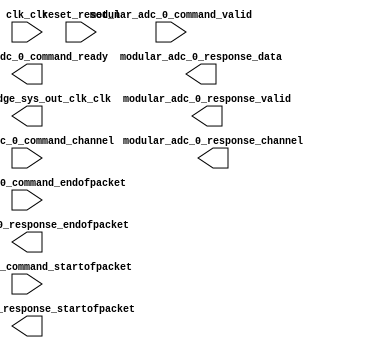

module adc_qsys (
	clk_clk,
	clock_bridge_sys_out_clk_clk,
	modular_adc_0_command_valid,
	modular_adc_0_command_channel,
	modular_adc_0_command_startofpacket,
	modular_adc_0_command_endofpacket,
	modular_adc_0_command_ready,
	modular_adc_0_response_valid,
	modular_adc_0_response_channel,
	modular_adc_0_response_data,
	modular_adc_0_response_startofpacket,
	modular_adc_0_response_endofpacket,
	reset_reset_n);	

	input		clk_clk;
	output		clock_bridge_sys_out_clk_clk;
	input		modular_adc_0_command_valid;
	input	[4:0]	modular_adc_0_command_channel;
	input		modular_adc_0_command_startofpacket;
	input		modular_adc_0_command_endofpacket;
	output		modular_adc_0_command_ready;
	output		modular_adc_0_response_valid;
	output	[4:0]	modular_adc_0_response_channel;
	output	[11:0]	modular_adc_0_response_data;
	output		modular_adc_0_response_startofpacket;
	output		modular_adc_0_response_endofpacket;
	input		reset_reset_n;
endmodule